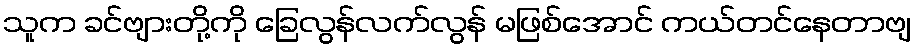
သူက ခင်ဗျားတို့ကို ခြေလွန်လက်လွန် မဖြစ်အောင် ကယ်တင်နေတာဗျ